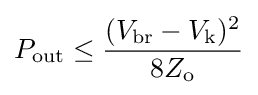
P_{\text{out}}\leq {\frac {(V_{\text{br}}-V_{\text{k}})^{2}}{8Z_{\text{o}}}}